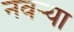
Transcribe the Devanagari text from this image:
नवर्‍या